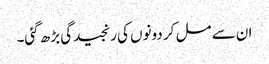
ان سے مل کر دونوں کی رنجیدگی بڑھ گئی۔